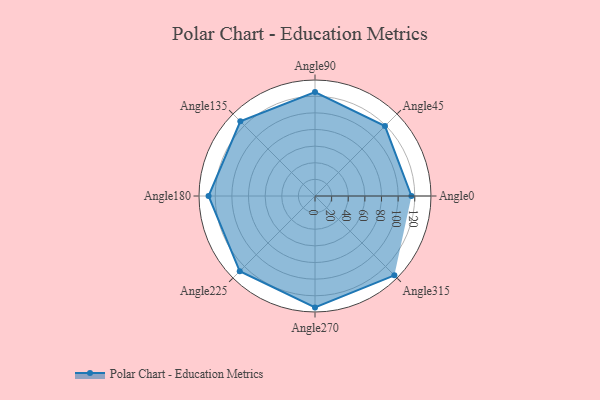
{"axis": {"x": "Angle", "y": "Radius"}, "legend": [""], "data": [{"x": "Angle0", "y": 116.0, "type": ""}, {"x": "Angle45", "y": 119.0, "type": ""}, {"x": "Angle90", "y": 125.0, "type": ""}, {"x": "Angle135", "y": 127.0, "type": ""}, {"x": "Angle180", "y": 128.0, "type": ""}, {"x": "Angle225", "y": 128.0, "type": ""}, {"x": "Angle270", "y": 134.0, "type": ""}, {"x": "Angle315", "y": 135.0, "type": ""}]}